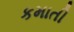
કમાતી